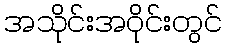
အသိုင်းအဝိုင်းတွင်